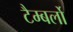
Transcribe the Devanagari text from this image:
टैम्बर्लो